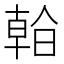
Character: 𣉙